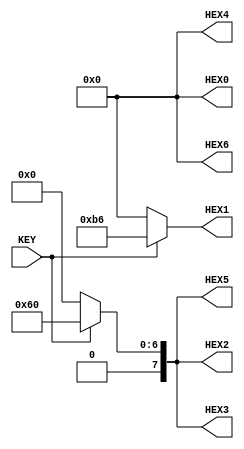
//05.11.01
module EX2
(
input  KEY, 
output [7:0] HEX0,
output [7:0] HEX1,
output [7:0] HEX2,
output [7:0] HEX3,
output [7:0] HEX4,
output [7:0] HEX5,
output [7:0] HEX6

);
assign HEX0=KEY ? 8'b00000000:8'b00000000;
assign HEX1=KEY ? 8'b10110110:8'b00000000;
assign HEX2=KEY ? 8'b01100000:8'b00000000;
assign HEX3=KEY ? 8'b01100000:8'b00000000;
assign HEX4=KEY ? 8'b00000000:8'b00000000;
assign HEX5=KEY ? 8'b01100000:8'b00000000;

endmodule